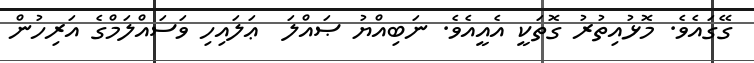
ގޭގައެވެ. މޮޅުއިތުރު ގޮތަކީ އެއީއެވެ. ނަބިއްޔު ޞައްލަ  ޢަލައިހި ވަސައްލަމްގެ އަރިހުން